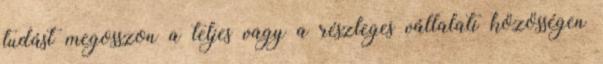
tudást megosszon a teljes vagy a részleges vállalati közösségen